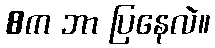
8က ဘာ ပြနေလဲ။